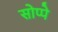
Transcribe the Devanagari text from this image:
सोप्पे